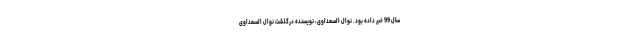
سال 99 خبر داده بود. نوال السعداوی، نویسنده درگذشت نوال السعداوی